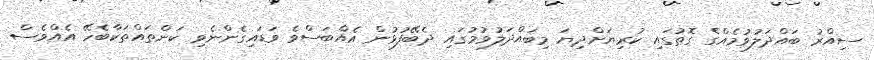
ސިއްރު ބައްދަލުވުމެއްގެ ގޮތުގައި ކުރިޔަށްދިޔަ މިބައްދަލުވުމުގައި ދެބޭފުޅުން އެއްބަސްވެ ވަޑައިގެންނެވި ކަންތައްތަކާބެހޭ އެއްވެސް